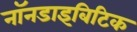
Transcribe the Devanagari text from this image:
नॉनडाइबिटिक